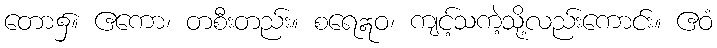
တော၌။ ဧကော၊ တစီးတည်း။ စရေဣဝ၊ ကျင့်သကဲ့သို့လည်းကောင်း။ ဧဝံ